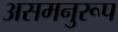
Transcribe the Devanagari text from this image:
असमनुरूप